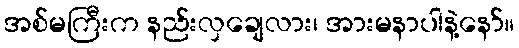
အစ်မကြီးက နည်းလှချေလား၊ အားမနာပါနဲ့နော်။